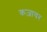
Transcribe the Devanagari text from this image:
कज़ायर